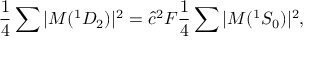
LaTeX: \frac { 1 } { 4 } \sum | { \cal M } ( ^ { 1 } D _ { 2 } ) | ^ { 2 } = \hat { c } ^ { 2 } { \cal F } \frac { 1 } { 4 } \sum | { \cal M } ( ^ { 1 } S _ { 0 } ) | ^ { 2 } ,